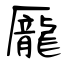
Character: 龎